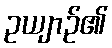
ဥယျာဉ်၏